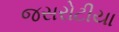
જસરોટીયા